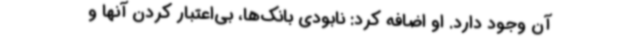
آن وجود دارد. او اضافه کرد: نابودی بانک‌ها، بی‌اعتبار کردن آنها و